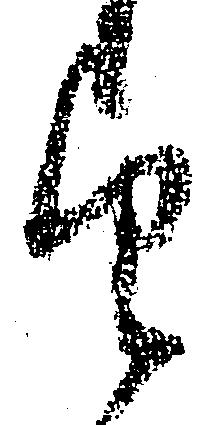
望